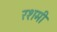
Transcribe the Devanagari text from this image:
रशमी